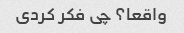
واقعا؟ چی فکر کردی